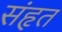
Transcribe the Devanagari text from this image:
संहृत